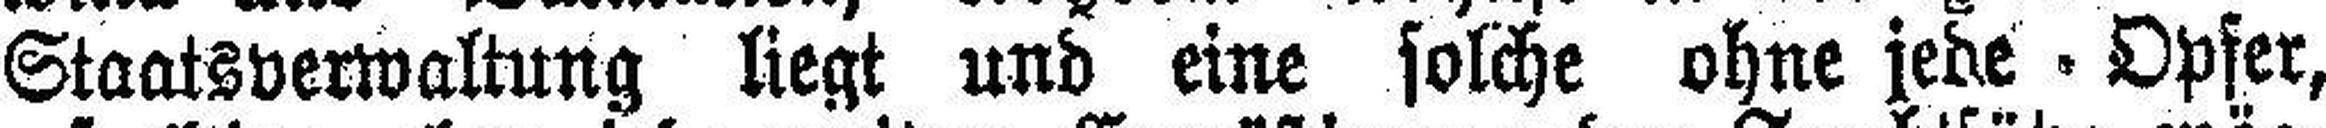
Staatsverwaltung liegt und eine solche ohne jede Opfer,